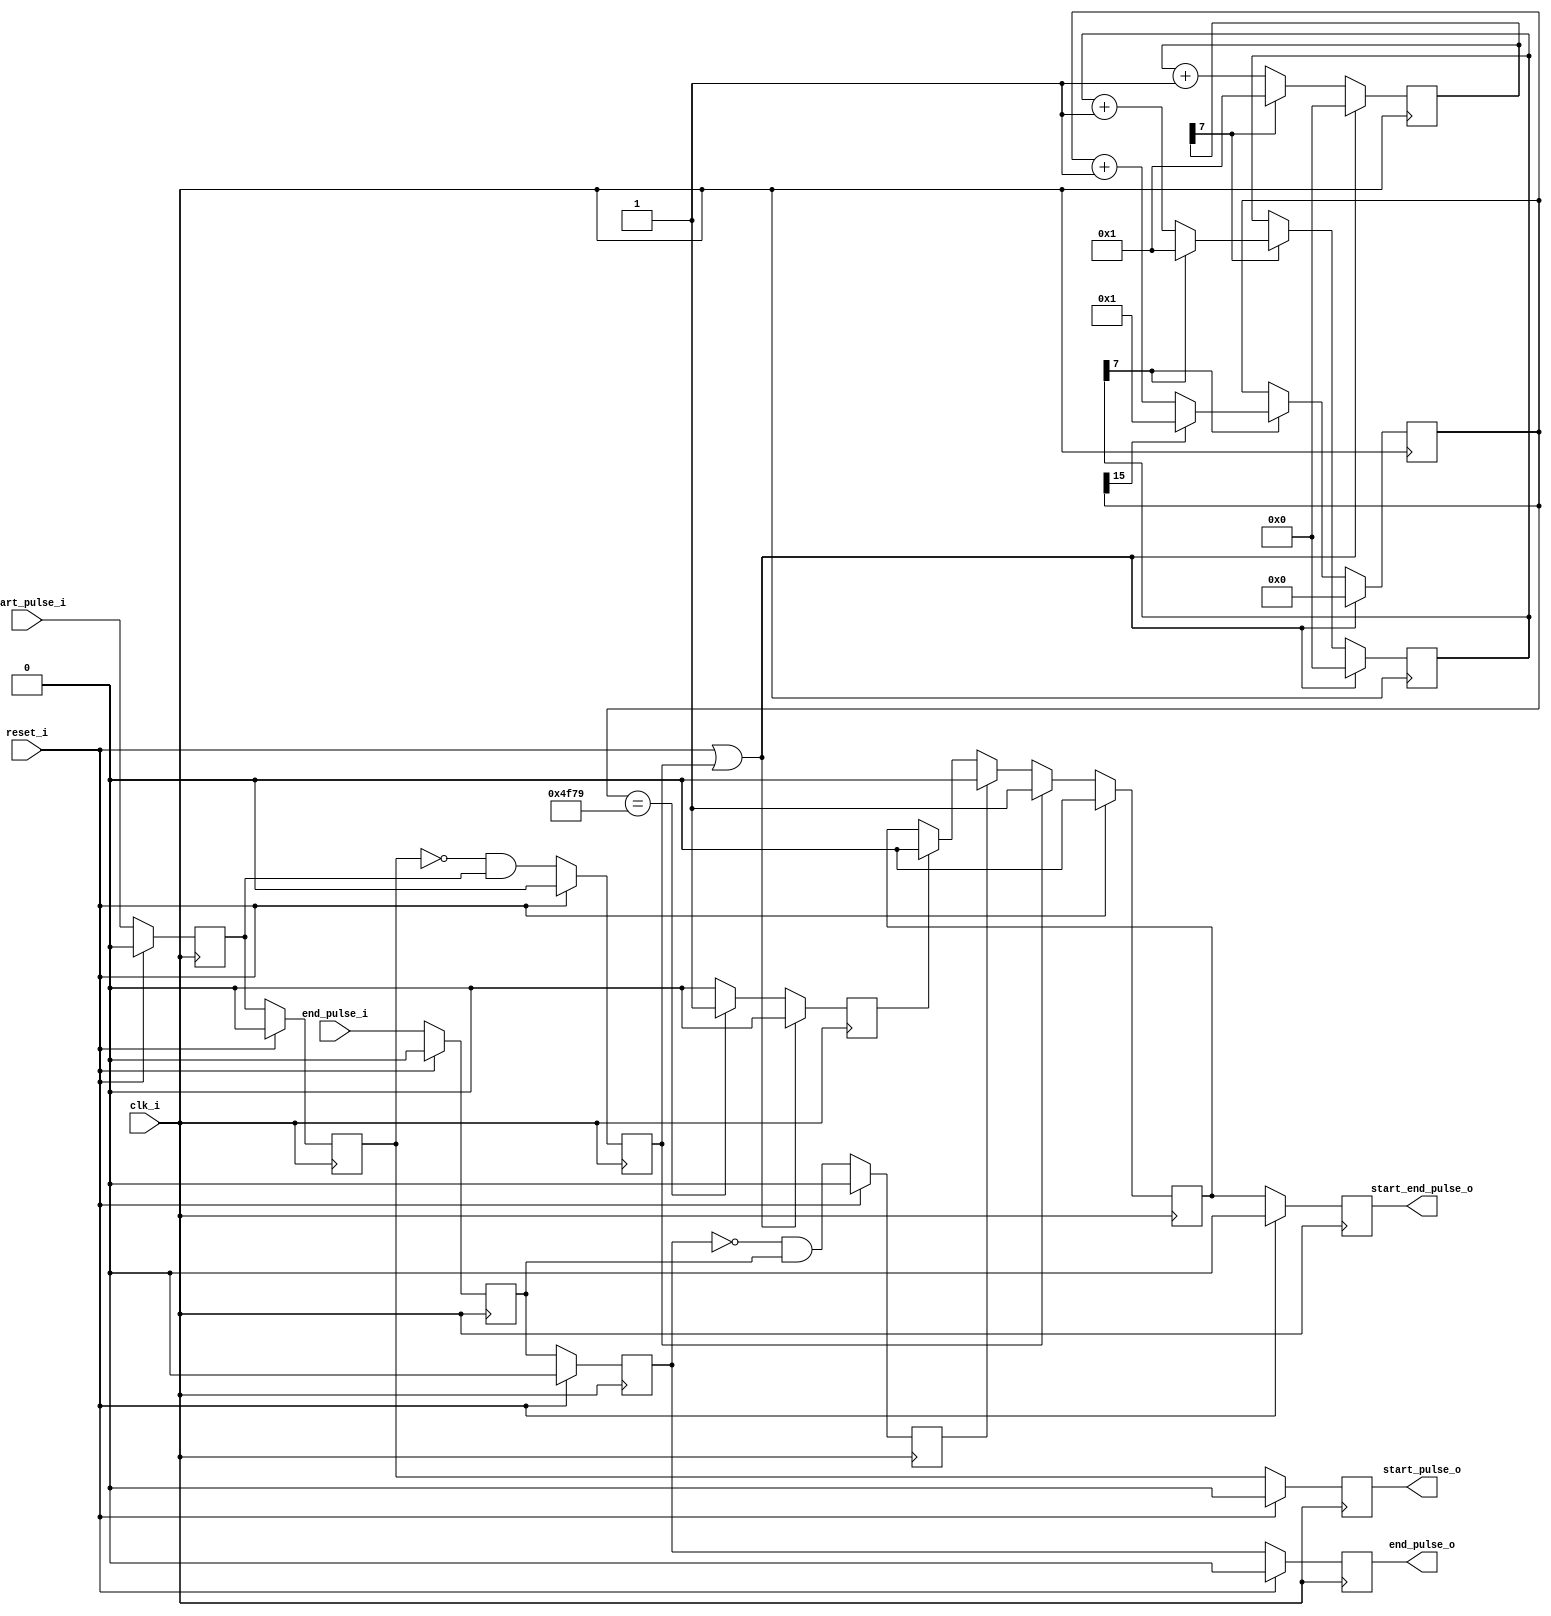
`timescale 1ns / 1ps
//////////////////////////////////////////////////////////////////////////////////
// Company: 
// Engineer: 
// 
// Design Name: 
// Module Name:    monitor_pulse_start_end 
// Project Name: 
// Target Devices: 
// Tool versions: 
// Description: 
//
// Dependencies: 
//
// Revision: 
// Revision 0.01 - File Created
// Additional Comments: 
//
//////////////////////////////////////////////////////////////////////////////////
module monitor_pulse_start_end(
		input clk_i,
		input reset_i,
		
		input start_pulse_i,
		input end_pulse_i,
		output reg start_pulse_o,
		output reg end_pulse_o,
		output reg start_end_pulse_o
    );

reg start_pulse_reg;
reg start_pulse_pipe;
reg end_pulse_reg;
reg end_pulse_pipe;
reg start_pulse_posedge;
reg end_pulse_posedge;
reg time_out;
reg start_end_pulse;

reg [7:0] cnt_1;
reg [7:0] cnt_2;
reg [15:0] cnt_3;

initial begin
	start_pulse_reg<=1'b0;
	start_pulse_pipe<=1'b0;
	end_pulse_reg<=1'b0;
	end_pulse_pipe<=1'b0;
	start_pulse_posedge<=1'b0;
	end_pulse_posedge<=1'b0;
	time_out<=1'b0;
	start_end_pulse<=1'b0;
	cnt_1<=8'b0;
	cnt_2<=8'b0;
	cnt_3<=16'b0;
end

always@(posedge clk_i) begin
	if(reset_i) begin
		start_pulse_reg<=1'b0;
		start_pulse_pipe<=1'b0;
	end else begin
		start_pulse_reg<=start_pulse_i;
		start_pulse_pipe<=start_pulse_reg;
	end
end

always@(posedge clk_i) begin
	if(reset_i)
		start_pulse_posedge<=1'b0;
	else
		start_pulse_posedge<=(~start_pulse_pipe)&start_pulse_reg;
end

always@(posedge clk_i) begin
	if(reset_i) begin
		end_pulse_reg<=1'b0;
		end_pulse_pipe<=1'b0;
	end else begin
		end_pulse_reg<=end_pulse_i;
		end_pulse_pipe<=end_pulse_reg;
	end
end

always@(posedge clk_i) begin
	if(reset_i)
		end_pulse_posedge<=1'b0;
	else
		end_pulse_posedge<=(~end_pulse_pipe)&end_pulse_reg;
end

always@(posedge clk_i) begin
	if(reset_i | start_pulse_posedge)
		cnt_1<=8'b0;
	else if(cnt_1[7]==1'b1)//128
		cnt_1<=8'h01;
	else	
		cnt_1<=cnt_1+1'b1;
end

always@(posedge clk_i) begin
	if(reset_i | start_pulse_posedge)
		cnt_2<=8'b0;
	else if(cnt_1[7]==1'b1) begin
		if(cnt_2[7]==1'b1) //128
			cnt_2<=8'h01;
		else
			cnt_2<=cnt_2+1'b1;
	end else
		cnt_2<=cnt_2;
end

always@(posedge clk_i) begin
	if(reset_i | start_pulse_posedge)
		cnt_3<=16'b0;
	else if(cnt_2[7]==1'b1) begin
		if(cnt_3[15]==1'b1)
			cnt_3<=16'h0001;
		else
			cnt_3<=cnt_3+1'b1;
	end else 
		cnt_3<=cnt_3;
end

always@(posedge clk_i) begin
	if(reset_i|start_pulse_posedge)
		time_out<=1'b0;
	else if(cnt_3==16'h4f79) //about 5 s
		time_out<=1'b1;
	else
		time_out<=1'b0;
end

always@(posedge clk_i) begin
	if(reset_i)
		start_end_pulse<=1'b0;
	else if(start_pulse_posedge)
		start_end_pulse<=1'b1;
	else if(end_pulse_posedge)
		start_end_pulse<=1'b0;
	else if(time_out)
		start_end_pulse<=1'b0;
	else
		start_end_pulse<=start_end_pulse;
end

always@(posedge clk_i) begin
	if(reset_i) begin
		start_pulse_o<=1'b0;
		end_pulse_o<=1'b0;
		start_end_pulse_o<=1'b0;
	end else begin
		start_pulse_o<=start_pulse_pipe;
		end_pulse_o<=end_pulse_pipe;
		start_end_pulse_o<=start_end_pulse;
	end
end

endmodule